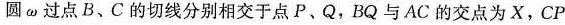
与圆ω过点B、C的切线分别相交于点P、Q，BQ与AC的交点为X，CP